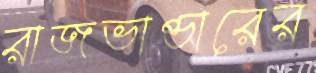
রাজভাণ্ডারের